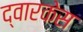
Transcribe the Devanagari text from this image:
द्वारकेस